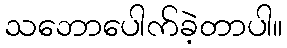
သဘောပေါက်ခဲ့တာပါ။